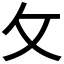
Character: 攵